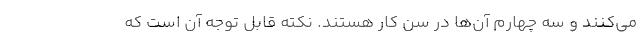
می‌کنند و سه چهارم آن‌ها در سن کار هستند. نکته قابل توجه آن است که